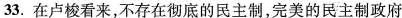
33.在卢梭看来，不存在彻底的民主制，完美的民主制政府